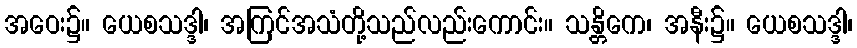
အဝေး၌။ ယေစသဒ္ဒါ၊ အကြင်အသံတို့သည်လည်းကောင်း။ သန္တိကေ၊ အနီး၌။ ယေစသဒ္ဒါ၊